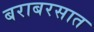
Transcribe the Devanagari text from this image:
बराबरसात